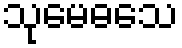
သုမေဓသေ